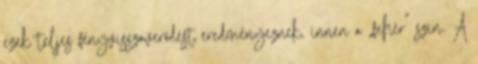
ezek teljes fényvisszaverődést eredményeznek, innen a „fehér” szín. A